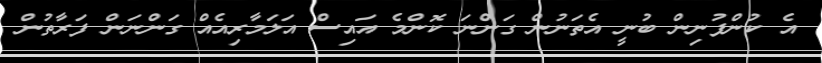
އެ ކުންފުނިން ބުނީ އެތަނުން ގަންނަ ކޮންމެ އައިސް އަލަމާރިއެއް ގަންނަން ފަރާތުން